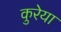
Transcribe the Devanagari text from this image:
कुरेया